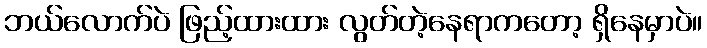
ဘယ်လောက်ပဲ ဖြည့်ထားထား လွတ်တဲ့နေရာကတော့ ရှိနေမှာပဲ။